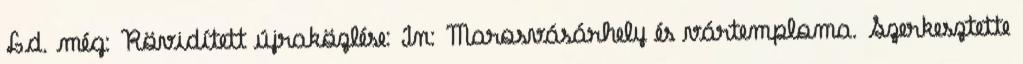
Ld. még: Rövidített újraközlése: In: Marosvásárhely és vártemploma. Szerkesztette